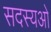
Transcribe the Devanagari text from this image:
सदस्यओ